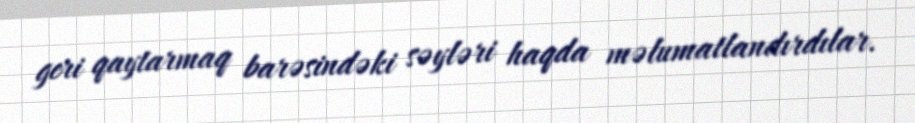
geri qaytarmaq barəsindəki səyləri haqda məlumatlandırdılar.